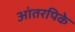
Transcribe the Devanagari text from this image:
आंतरपिके